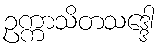
ဥက္ကာသိတသဒ္ဒေါ